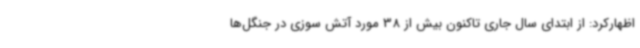
اظهارکرد: از ابتدای سال جاری تاکنون بیش از 38 مورد آتش سوزی در جنگل‌ها